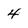
Character: 4